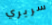
سريري